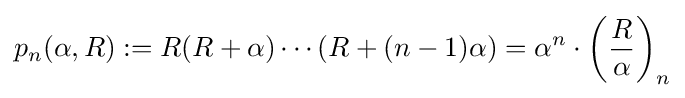
p_{n}(\alpha ,R):=R(R+\alpha )\cdots (R+(n-1)\alpha )=\alpha ^{n}\cdot \left({\frac {R}{\alpha }}\right)_{n}